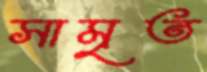
সামৃত